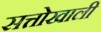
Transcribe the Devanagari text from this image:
सत्तोखाली